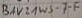
Text: BAV19WS-7-F